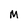
Character: m